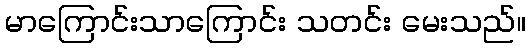
မာကြောင်းသာကြောင်း သတင်း မေးသည်။